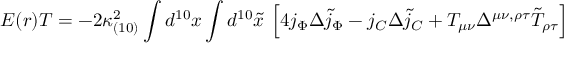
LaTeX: { \cal E } ( r ) { \cal T } = - 2 \kappa _ { ( 1 0 ) } ^ { 2 } \int d ^ { 1 0 } x \int d ^ { 1 0 } { \tilde { x } } \ \Bigl [ 4 j _ { \Phi } \Delta { \tilde { j } _ { \Phi } } - j _ { C } \Delta { \tilde { j } _ { C } } + T _ { \mu \nu } \Delta ^ { \mu \nu , \rho \tau } { \tilde { T } } _ { \rho \tau } \Bigr ]